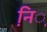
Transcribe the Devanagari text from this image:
नि़़॒